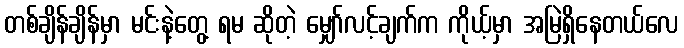
တစ်ချိန်ချိန်မှာ မင်းနဲ့တွေ့ ရမ ဆိုတဲ့ မျှော်လင့်ချက်က ကိုယ့်မှာ အမြဲရှိနေတယ်လေ